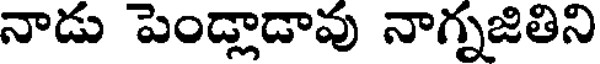
నాడు పెండ్లాడావు నాగ్నజితిని